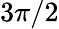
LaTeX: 3\pi/2